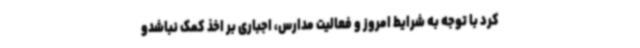
کرد با توجه به شرایط امروز و فعالیت مدارس، اجباری بر اخذ کمک نباشدو